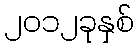
၂၀၁၂ခုနှစ်